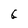
Character: G